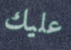
عليك